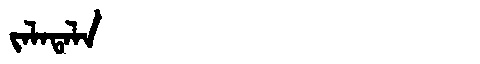
Manchu: ᠵᠠᠯᠠᡨᠠᠯᠠ
Romanization: JALATALA